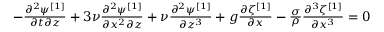
\begin{array} { r } { - \frac { \partial ^ { 2 } \psi ^ { [ 1 ] } } { \partial t \partial z } + 3 \nu \frac { \partial ^ { 2 } \psi ^ { [ 1 ] } } { \partial x ^ { 2 } \partial z } + \nu \frac { \partial ^ { 2 } \psi ^ { [ 1 ] } } { \partial z ^ { 3 } } + g \frac { \partial \zeta ^ { [ 1 ] } } { \partial x } - \frac { \sigma } { \rho } \frac { \partial ^ { 3 } \zeta ^ { [ 1 ] } } { \partial x ^ { 3 } } = 0 } \end{array}